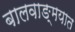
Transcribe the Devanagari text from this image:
बालवाङ्‌मयात